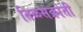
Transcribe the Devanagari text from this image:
तिळसंक्रांती